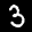
Label: 3